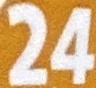
24